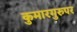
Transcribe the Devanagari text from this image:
कुमारगुरुपर